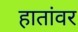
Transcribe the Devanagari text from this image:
हातांवर